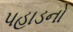
પહાડનો